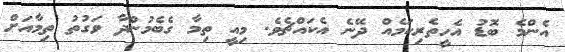
އެންމެ ބޮޑު އެހީތެރިކަމެއް ދޭނެ އެކައްޗެވެ. މިއީ ތިމާ ގެބެމުންދާ ވަގުތު ތިމާއަށް